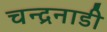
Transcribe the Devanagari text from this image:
चन्द्रनाडी